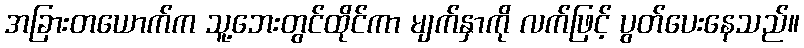
အခြားတယောက်က သူ့ဘေးတွင်ထိုင်ကာ မျက်နှာကို လက်ဖြင့် ပွတ်ပေးနေသည်။